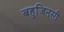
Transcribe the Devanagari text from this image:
बहुजिनसी